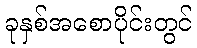
ခုနှစ်အစောပိုင်းတွင်